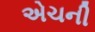
એચની